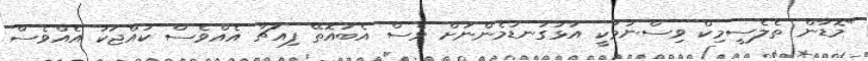
"މޮޑާން ތެލެސީމިކް ވިސްނުމަކީ އަޅުގަނޑުމެންނަށް ވެސް އެބައޮތޭ ފިއުޗާ އެއްވެސް ކުއްޖަކު އެއްވެސް